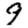
Digit: 9